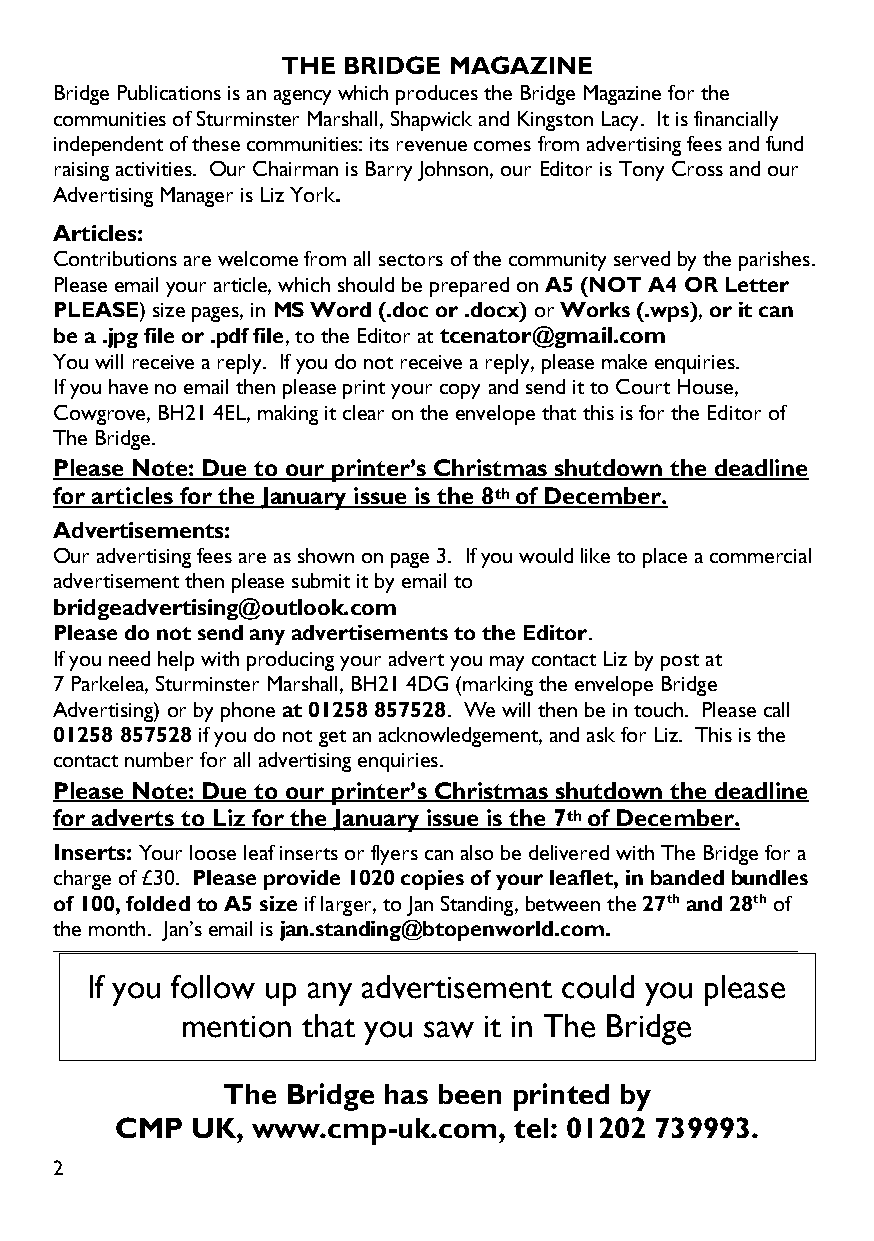
10.00am to 10.30am
 THE BRIDGE MAGAZINE
 Bridge Publications is an agency which produces the Bridge Magazine for the
 communities of Sturminster Marshall, Shapwick and Kingston Lacy. It is financially
 independent of thesecommunities: its revenue comes from advertising fees and fund
 raising activities. Our Chairman is Barry Johnson, our Editor is Tony Cross and our
 Advertising Manager is Liz York.
 Articles:
 Contributions are welcome from all sectors of the community served by the parishes.
 Please email your article, which should be prepared on A5 (NOT A4 OR Letter
 PLEASE) sizepages, inMS Word(.doc or .docx)orWorks(.wps),orit can
 be a.jpg file or.pdf file, to the Editor attcenator@gmail.com
 You will receive a reply. If you do not receive a reply, please make enquiries.
 Ifyou have no email then please print your copy and send it to Court House,
 Cowgrove, BH21 4EL, making it clear on the envelope that this is for the Editor of
 The Bridge.
 Please Note: Due to our printer’s Christmas shutdown the deadline
 for articles for the January issue is the 8thof December.
 Advertisements:
 Our advertising fees are as shown on page 3. If you would like to place a commercial
 advertisementthen please submit it by emailto
 bridgeadvertising@outlook.com
 Please do not send any advertisements to the Editor.
 If you need help with producing your advert you may contact Liz by post at
 7 Parkelea, Sturminster Marshall, BH21 4DG (marking the envelope Bridge
 Advertising)or by phoneat 01258 857528. We will then be in touch. Please call
 01258 857528 if you do not get an acknowledgement, and ask for Liz. This is the
 contact number for all advertising enquiries.
 Please Note: Due to our printer’s Christmas shutdown the deadline
 for adverts to Liz for the January issue is the 7thof December.
 Inserts: Your loose leaf inserts or flyers can also be delivered with The Bridge for a
 charge of £30. Please provide 1020 copies of your leaflet,inbandedbundles
 of 100, foldedto A5 sizeif larger, toJan Standing,betweenthe27thand 28thof
 the month. Jan’semail isjan.standing@btopenworld.com.
 __________________________________________________________________________________________________________________________________________________________________
 If you follow up any advertisement could you please
 mention that you saw it in The Bridge
 The Bridge has been printed by
 CMP  UK, www.cmp-uk.com,  tel: 01202 739993.
 2